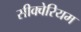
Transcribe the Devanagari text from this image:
सीक्वेरियम